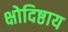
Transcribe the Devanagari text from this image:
क्षोदिष्ठाय